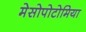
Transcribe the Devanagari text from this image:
मेसोपोटोमिया